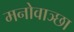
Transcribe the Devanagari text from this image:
मनोवाञ्छा